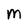
Character: M